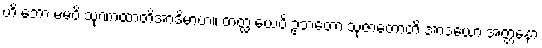
ဟိ ဘော မမပိ သုဏာထာတိအာဒိမာဟ။ တတ္ထ ယေပိ ဥဘတော သုဇာတောတိ အာဒယော အတ္တနော